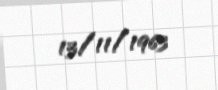
13/11/1963